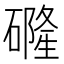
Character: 𱴶